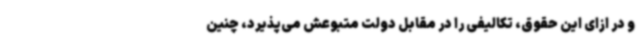
و در ازای این حقوق، تکالیفی را در مقابل دولت متبوعش می‌پذیرد، چنین